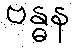
ဗန္ဓန